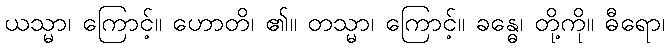
ယသ္မာ၊ ကြောင့်။ ဟောတိ၊ ၏။ တသ္မာ၊ ကြောင့်။ ခန္ဓေ၊ တို့ကို။ ဓီရော၊